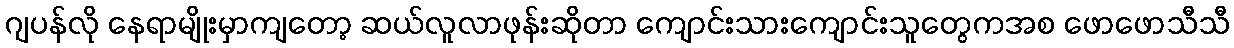
ဂျပန်လို နေရာမျိုးမှာကျတော့ ဆယ်လူလာဖုန်းဆိုတာ ကျောင်းသားကျောင်းသူတွေကအစ ဖောဖောသီသီ